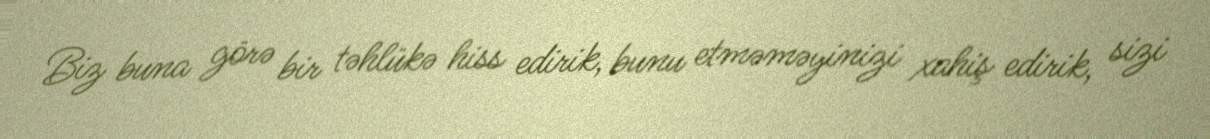
Biz buna görə bir təhlükə hiss edirik, bunu etməməyinizi xahiş edirik, sizi